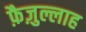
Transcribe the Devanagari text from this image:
फ़ैज़ुल्लाह